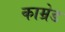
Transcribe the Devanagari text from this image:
काम्रेड